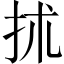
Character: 𢫖